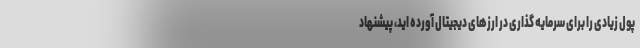
پول زیادی را برای سرمایه گذاری در ارزهای دیجیتال آورده اید، پیشنهاد